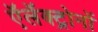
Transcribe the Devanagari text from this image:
ऍलॅक्ट्रोनों